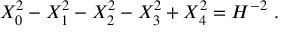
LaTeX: X _ { 0 } ^ { 2 } - X _ { 1 } ^ { 2 } - X _ { 2 } ^ { 2 } - X _ { 3 } ^ { 2 } + X _ { 4 } ^ { 2 } = H ^ { - 2 } \ .